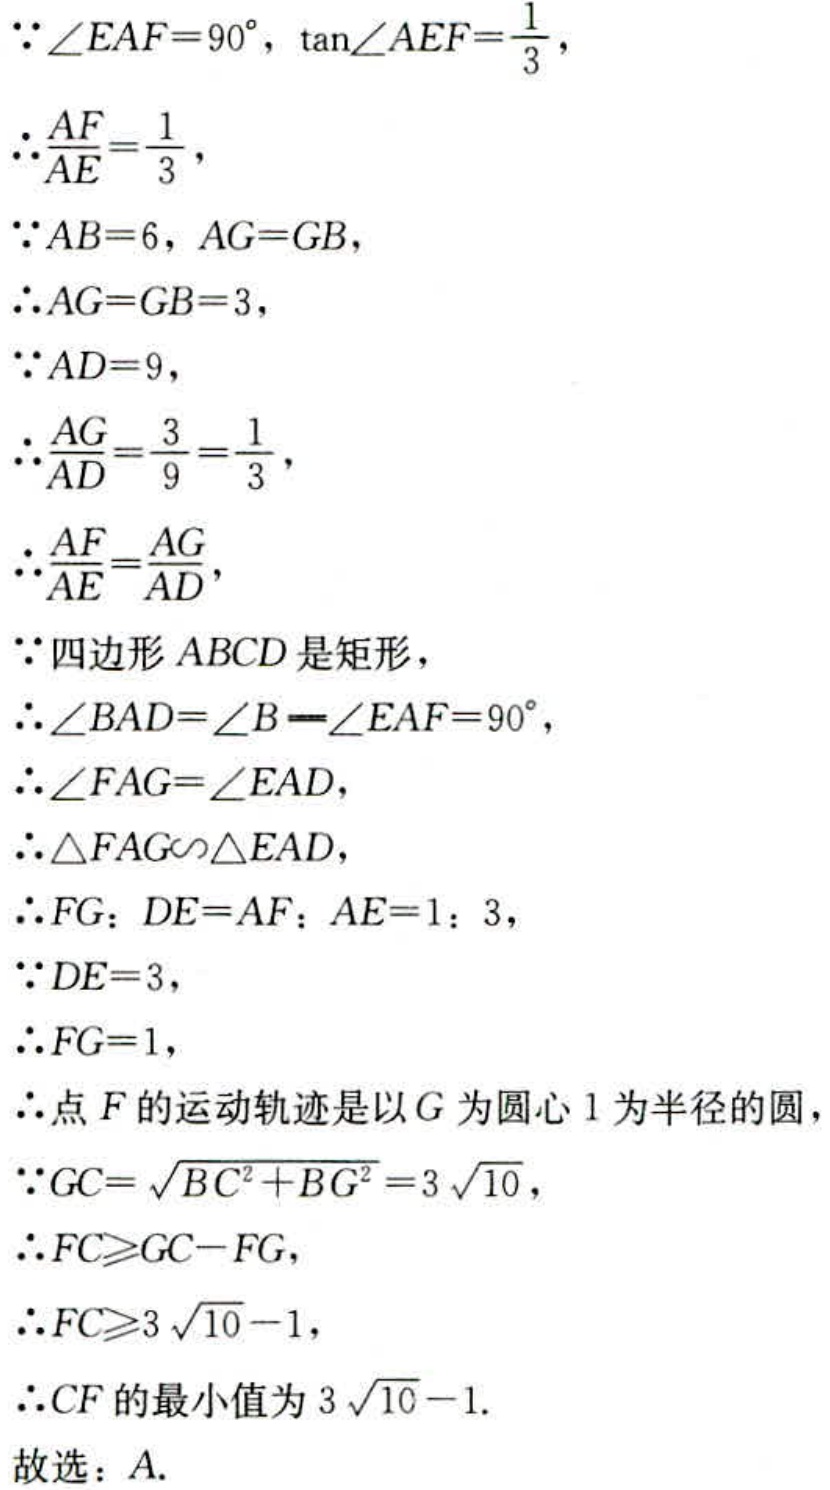
\(
\begin{align*}
&\because\angle EAF = 90^{\circ},\tan\angle AEF=\frac{1}{3},\\
&\therefore\frac{AF}{AE}=\frac{1}{3},\\
&\because AB = 6,AG = GB,\\
&\therefore AG = GB = 3,\\
&\because AD = 9,\\
&\therefore\frac{AG}{AD}=\frac{3}{9}=\frac{1}{3},\\
&\therefore\frac{AF}{AE}=\frac{AG}{AD},\\
&\because\text{四边形}ABCD\text{是矩形},\\
&\therefore\angle BAD=\angle B=\angle EAF = 90^{\circ},\\
&\therefore\angle FAG=\angle EAD,\\
&\therefore\triangle FAG\sim\triangle EAD,\\
&\therefore FG:DE = AF:AE = 1:3,\\
&\because DE = 3,\\
&\therefore FG = 1,\\
&\therefore\text{点}F\text{的运动轨迹是以}G\text{为圆心}1\text{为半径的圆},\\
&\because GC=\sqrt{BC^{2}+BG^{2}} = 3\sqrt{10},\\
&\therefore FC\geqslant GC - FG,\\
&\therefore FC\geqslant3\sqrt{10}-1,\\
&\therefore CF\text{的最小值为}3\sqrt{10}-1.\\
&\text{故选：}A.
\end{align*}
\)